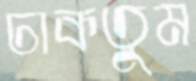
ঢাকতুম